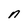
Character: n